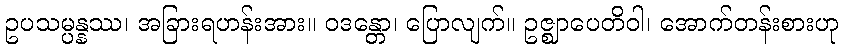
ဥပသမ္ပန္နဿ၊ အခြားရဟန်းအား။ ဝဒန္တော၊ ပြောလျက်။ ဥဇ္ဈာပေတိဝါ၊ အောက်တန်းစားဟု